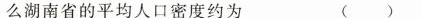
么湖南省的平均人口密度约为 ( )